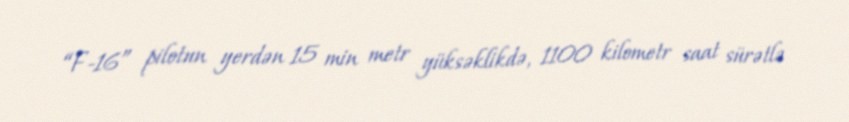
“F-16” pilotun yerdən 15 min metr yüksəklikdə, 1100 kilometr saat sürətlə